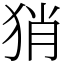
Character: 𤞚